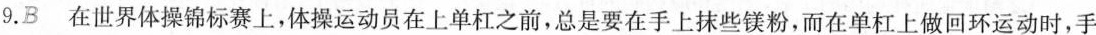
9.B 在世界体操锦标赛上，体操运动员在上单杠之前，总是要在手上抹些镁粉，而在单杠上做回环运动时，手